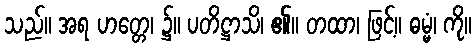
သည်။ အရ ဟတ္တေ၊ ၌။ ပတိဋ္ဌာသိ၊ ၏။ တထာ၊ ဖြင့်။ ဓမ္မံ၊ ကို။